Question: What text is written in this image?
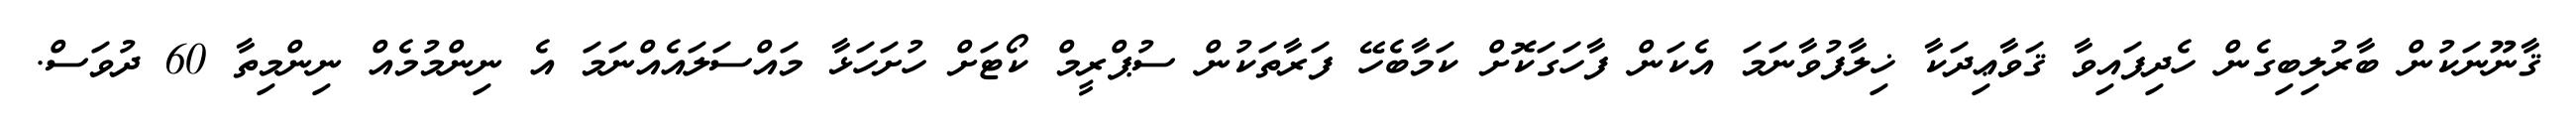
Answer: ޤާނޫނަކުން ބާރުލިބިގެން ހެދިފައިވާ ޤަވާޢިދަކާ ޚިލާފުވާނަމަ އެކަން ފާހަގަކޮށް ކަމާބެހޭ ފަރާތަކުން ސުޕްރީމް ކޯޓަށް ހުށަހަޅާ މައްސަލައެއްނަމަ އެ ނިންމުމެއް ނިންމިތާ 60 ދުވަސް.